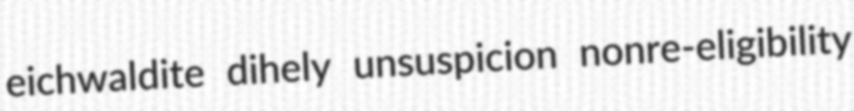
eichwaldite dihely unsuspicion nonre-eligibility